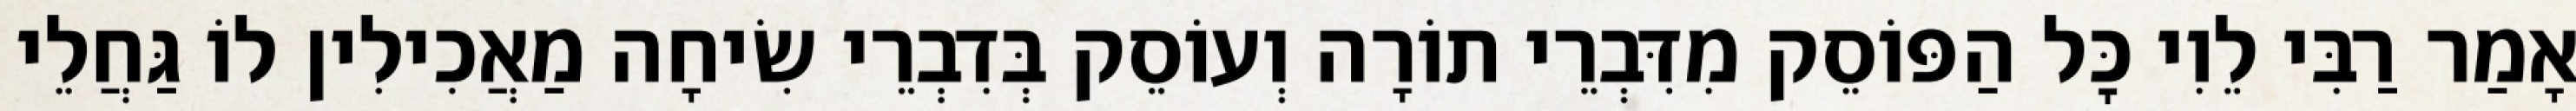
אָמַר רַבִּי לֵוִי כׇּל הַפּוֹסֵק מִדִּבְרֵי תוֹרָה וְעוֹסֵק בְּדִבְרֵי שִׂיחָה מַאֲכִילִין לוֹ גַּחֲלֵי